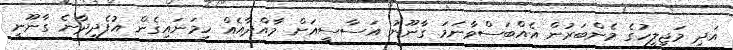
އަދި މަޖިލީހުގެ މެންބަރުން އެއްބަސްވާނަމަ ގާނޫނު އަސާސީއަށް މާއްދާއެއް ހިމަނައިގެން އުފެދިދާނެ ގާނޫނީ